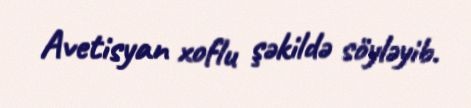
Avetisyan xoflu şəkildə söyləyib.